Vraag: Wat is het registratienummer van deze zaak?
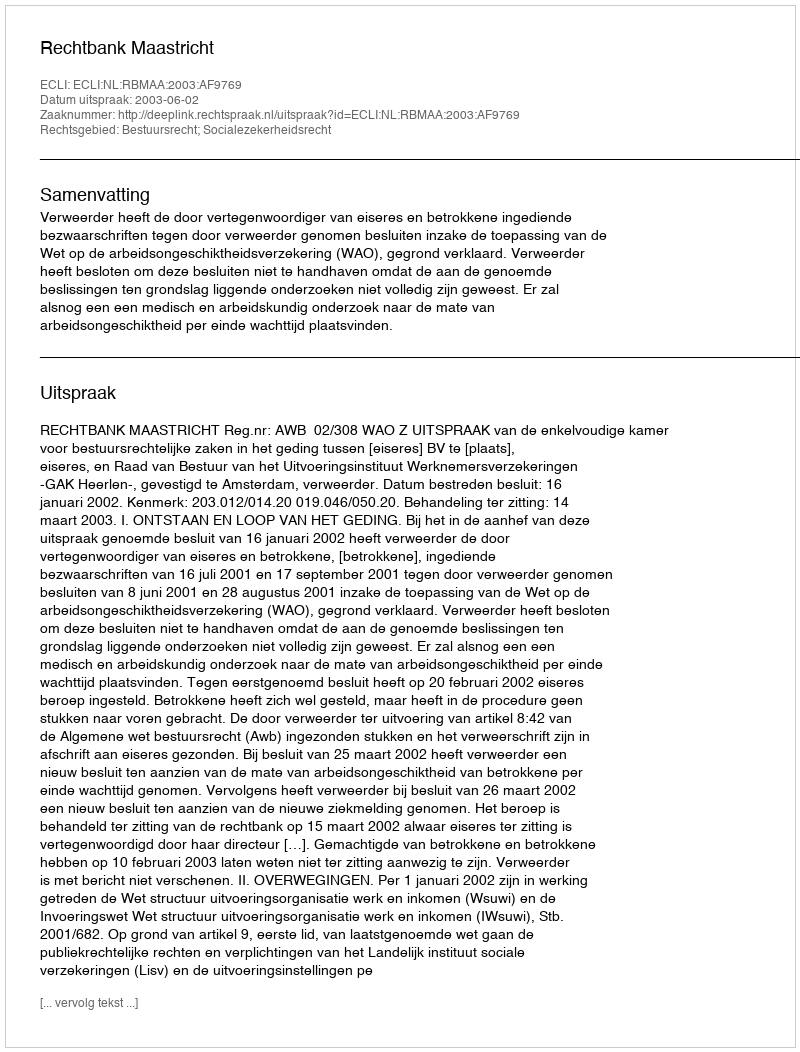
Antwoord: http://deeplink.rechtspraak.nl/uitspraak?id=ECLI:NL:RBMAA:2003:AF9769